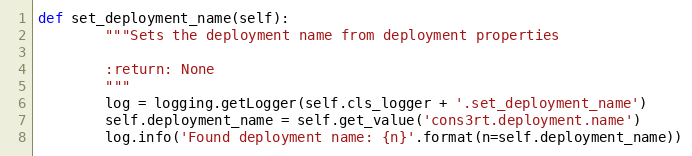
Language: Python
def set_deployment_name(self):
        """Sets the deployment name from deployment properties

        :return: None
        """
        log = logging.getLogger(self.cls_logger + '.set_deployment_name')
        self.deployment_name = self.get_value('cons3rt.deployment.name')
        log.info('Found deployment name: {n}'.format(n=self.deployment_name))